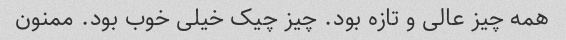
همه چیز عالی و تازه بود. چیز چیک خیلی خوب بود. ممنون